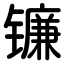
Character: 镰